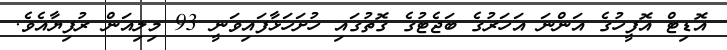
އޮޑިޓް އޮފީހުގެ އަންނަ އަހަރުގެ ބަޖެޓުގެ ގޮތުގައި ހުށަހަޅާފައިވަނީ 93 މިލިއަން ރުފިޔާއެވެ.